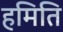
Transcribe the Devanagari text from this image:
हमिति